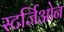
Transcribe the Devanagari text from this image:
स्टर्जिओन